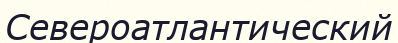
Североатлантический